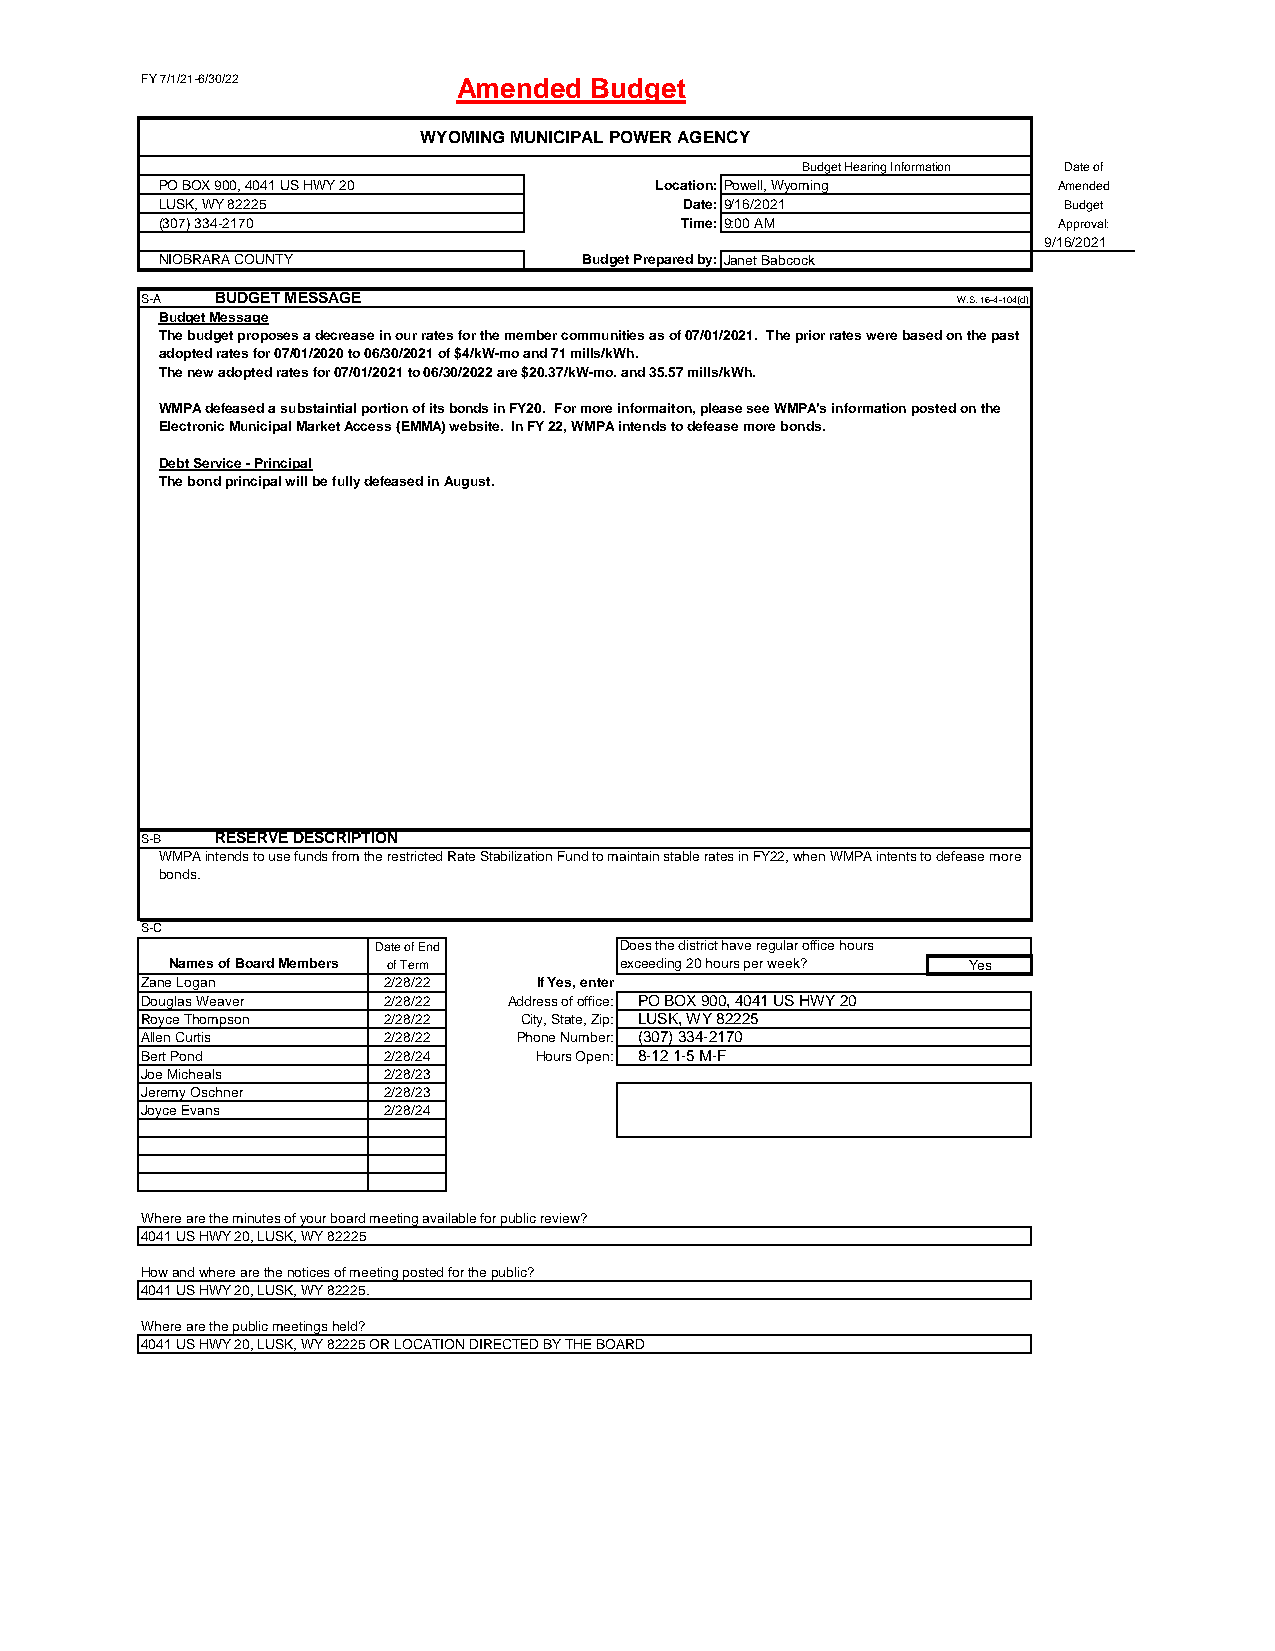
FY 7/1/21-6/30/22    Amended  Budget
 WYOMING MUNICIPAL POWER AGENCY
 Budget Hearing Information Date of
 PO BOX 900, 4041 US HWY 20      Location:Powell, Wyoming   Amended
 LUSK, WY 82225                    Date:9/16/2021           Budget
 (307) 334-2170                    Time:9:00 AM             Approval:
 9/16/2021
 NIOBRARA COUNTY             Budget Prepared by:Janet Babcock
 S-A  BUDGET MESSAGE                                   W.S. 16-4-104(d)
 Budget Message
 The budget proposes a decrease in our rates for the member communities as of 07/01/2021. The prior rates were based on the past
 adopted rates for 07/01/2020 to 06/30/2021 of $4/kW-mo and 71 mills/kWh.
 The new adopted rates for 07/01/2021 to 06/30/2022 are $20.37/kW-mo. and 35.57 mills/kWh.
 WMPA defeased a substaintial portion of its bonds in FY20. For more informaiton, please see WMPA's information posted on the
 Electronic Municipal Market Access (EMMA) website. In FY 22, WMPA intends to defease more bonds.
 Debt Service - Principal
 The bond principal will be fully defeased in August.
 S-B  RESERVE DESCRIPTION
 WMPA intends to use funds from the restricted Rate Stabilization Fund to maintain stable rates in FY22, when WMPA intents to defease more
 bonds.
 S-C
 Date of End     Does the district have regular office hours
 Names of Board Members of Term exceeding 20 hours per week? Yes
 Zane Logan      2/28/22    If Yes, enter
 Douglas Weaver  2/28/22  Address of office: PO BOX 900, 4041 US HWY 20
 Royce Thompson  2/28/22  City, State, Zip: LUSK, WY 82225
 Allen Curtis    2/28/22  Phone Number: (307) 334-2170
 Bert Pond       2/28/24   Hours Open: 8-12 1-5 M-F
 Joe Micheals    2/28/23
 Jeremy Oschner  2/28/23
 Joyce Evans     2/28/24
 Where are the minutes of your board meeting available for public review?
 4041 US HWY 20, LUSK, WY 82225
 How and where are the notices of meeting posted for the public?
 4041 US HWY 20, LUSK, WY 82225.
 Where are the public meetings held?
 4041 US HWY 20, LUSK, WY 82225 OR LOCATION DIRECTED BY THE BOARD